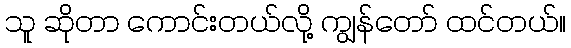
သူ ဆိုတာ ကောင်းတယ်လို့ ကျွန်တော် ထင်တယ်။